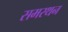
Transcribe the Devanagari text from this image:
समरथन